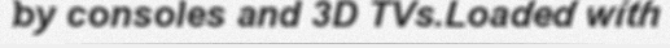
by consoles and 3D TVs.Loaded with